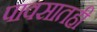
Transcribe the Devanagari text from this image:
पावसातही